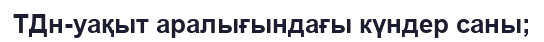
TДн-уақыт аралығындағы күндер саны;